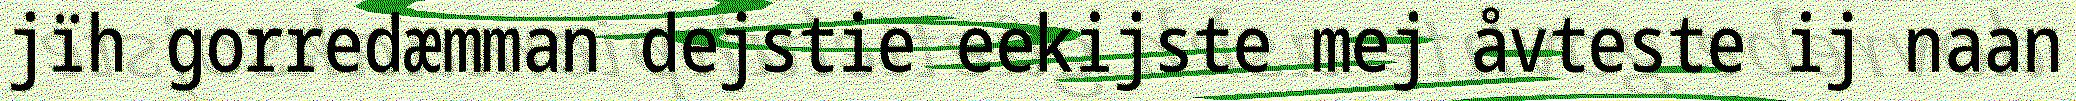
jïh gorredæmman dejstie eekijste mej åvteste ij naan